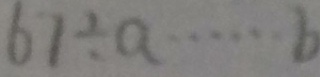
6 1 \div a \cdots b